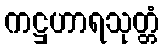
ကဋ္ဌဟာရသုတ္တံ